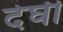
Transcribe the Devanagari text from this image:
देघी